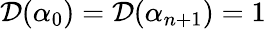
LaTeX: \mathcal{D}(\alpha_{0})=\mathcal{D}(\alpha_{n+1})=1